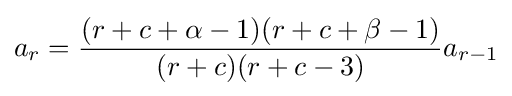
a_{r}={\frac {(r+c+\alpha -1)(r+c+\beta -1)}{(r+c)(r+c-3)}}a_{r-1}